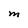
Character: M